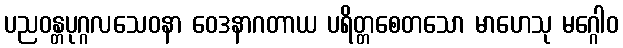
ပညဝန္တပုဂ္ဂလသေဝနာ ဝေဒနာဂတာယ ပရိတ္တစေတသော မာဟေသု မဂ္ဂေါဝ